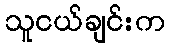
သူငယ်ချင်းက